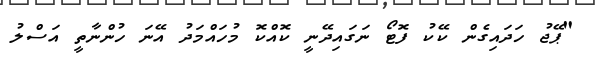
"ޕޭޖު ހަދައިގެން ކޭކު ފޮޓޯ ނަގައިދޭނީ ކޮއްކޮ މުހައްމަދު އޭނަ ހުންނާތީ އަސްލު